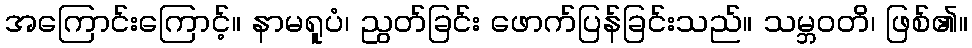
အကြောင်းကြောင့်။ နာမရူပံ၊ ညွတ်ခြင်း ဖောက်ပြန်ခြင်းသည်။ သမ္ဘဝတိ၊ ဖြစ်၏။